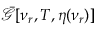
\bar { \mathcal { G } } [ \nu _ { r } , T , \eta ( \nu _ { r } ) ]